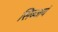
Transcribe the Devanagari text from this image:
सिब्जयं